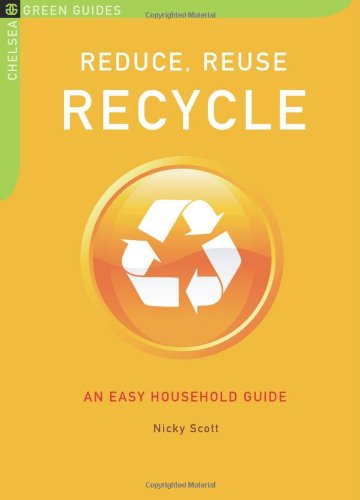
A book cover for Reduce, Reuse, Recycle: An Easy Household Guide (Chelsea Green Guides); Nicky Scott; Crafts, Hobbies & Home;